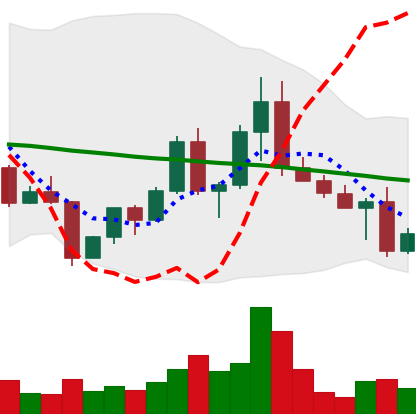
Ticker: EOS-USD
Chart end date: 2022-04-27
Forward return: -7.016%
Label: down_7plus